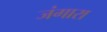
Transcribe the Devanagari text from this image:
जंगारा